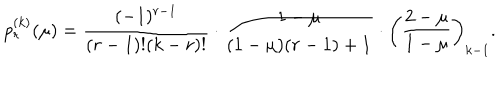
p _ { r } ^ { ( k ) } ( \mu ) = \frac { ( - 1 ) ^ { r - 1 } } { ( r - 1 ) ! ( k - r ) ! } \cdot \frac { 1 - \mu } { ( 1 - \mu ) ( r - 1 ) + 1 } \cdot \left( \frac { 2 - \mu } { 1 - \mu } \right) _ { k - 1 } .